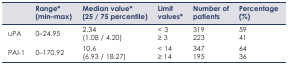
|  | Range* (min–max) | Median value* (25 / 75 percentile) | Limit values* | Number of patients | Percentage (%) |
 | --- | --- | --- | --- | --- | --- |
 | uPA | 0–24.95 | 2.34 (1.08 / 4.20) | < 3≥ 3 | 319223 | 5941 |
 | PAI-1 | 0–170.92 | 10.6 (6.93 / 18.27) | < 14≥ 14 | 347195 | 6436 |